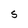
Character: S